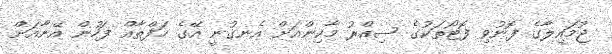
ޖުމައިލާގެ ފޮނުވި ފޮޓޯތަކުގެ ސިއްރު މާކިންއަށް އެނގުނީ އޭގެ ހަފްތާއް ފަހުން އޭނާއަށް